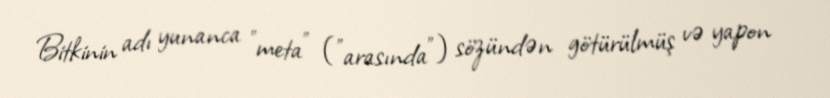
Bitkinin adı yunanca "meta" ("arasında") sözündən götürülmüş və yapon